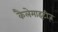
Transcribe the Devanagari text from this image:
कैलेमाइटीज़